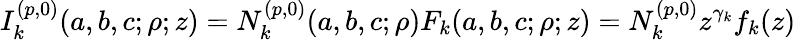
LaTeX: I_{k}^{(p,0)}(a,b,c;\rho;z)=N_{k}^{(p,0)}(a,b,c;\rho)F_{k}(a,b,c;\rho;z)=N_{k}^{(p,0)}z^{\gamma_{k}}f_{k}(z)